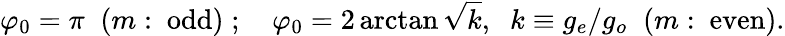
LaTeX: \varphi_{0}=\pi\; \; (m:\ \mathrm{odd})\; ;\quad\varphi_{0}=2\arctan\sqrt{k},\; \; k\equiv g_{e}/{g_{o}}\; \; (m:\ \mathrm{even}).